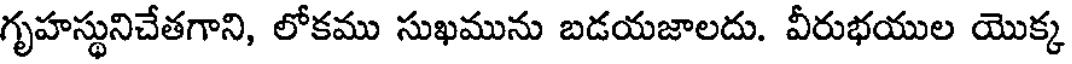
గృహస్థునిచేతగాని, లోకము సుఖమును బడయజాలదు. వీరుభయుల యొక్క